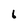
Character: b